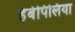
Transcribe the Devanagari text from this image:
हेबेपिलिया